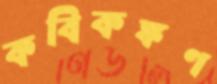
কবিকঙ্কণ